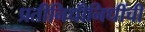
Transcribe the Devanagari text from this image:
प्रतीनिधीनिधींची